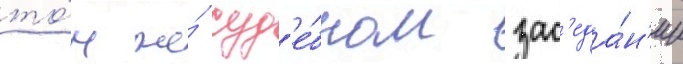
то́м же́ суд'е́бном зас'еда́н'ии